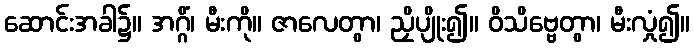
ဆောင်းအခါ၌။ အဂ္ဂိံ၊ မီးကို။ ဇာလေတွာ၊ ညှိပျိုး၍။ ဝိသိဗ္ဗေတွာ၊ မီးလှုံ၍။